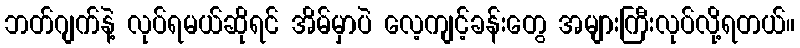
ဘတ်ဂျက်နဲ့ လုပ်ရမယ်ဆိုရင် အိမ်မှာပဲ လေ့ကျင့်ခန်းတွေ အများကြီးလုပ်လို့ရတယ်။